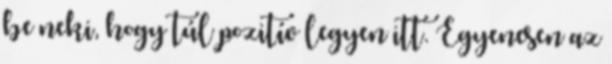
be neki, hogy túl pozitív legyen itt. Egyenesen az